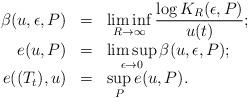
LaTeX: \begin{align*}\begin{array}{rcl}\beta(u,\epsilon,P) & = & \displaystyle\liminf_{R\to\infty}\frac{\log K_R(\epsilon, P)}{u(t)};\\e(u,P) & = & \displaystyle\limsup_{\epsilon\to0}\beta(u,\epsilon,P);\\e((T_t),u) & = &\displaystyle \sup_{P}e(u,P).\end{array}\end{align*}